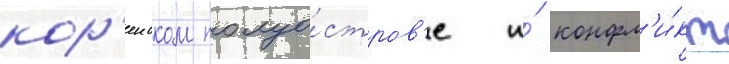
кор'еиском полуо́стров'е и́ конфл'и́кт